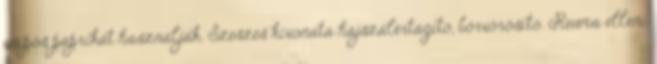
csípős paprikát használják. Szeszes kivonata hajszálértágító, bőrvörösítő. Reuma elleni